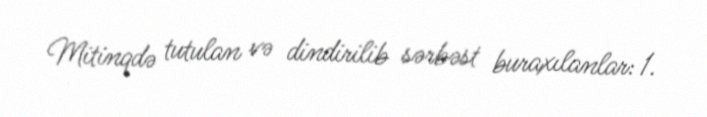
Mitinqdə tutulan və dindirilib sərbəst buraxılanlar: 1.